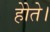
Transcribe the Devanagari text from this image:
होेते।